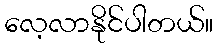
လေ့လာနိုင်ပါတယ်။